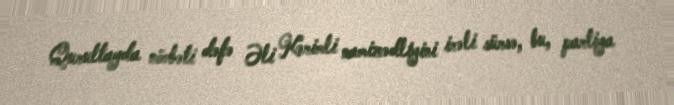
Qurultayda növbəti dəfə Əli Kərimli namizədliyini irəli sürsə, bu, partiya